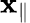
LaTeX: {\mathbf x}_{\parallel}